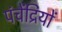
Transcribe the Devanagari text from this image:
पंचेंद्रियों